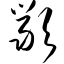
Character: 严